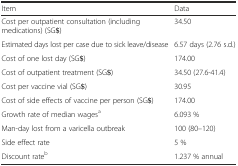
<table><thead><tr><td><b>Item</b></td><td><b>Data</b></td></tr></thead><tbody><tr><td>Cost per outpatient consultation (including medications) (SG$)</td><td>34.50</td></tr><tr><td>Estimated days lost per case due to sick leave/disease</td><td>6.57 days (2.76 s.d.)</td></tr><tr><td>Cost of one lost day (SG$)</td><td>174.00</td></tr><tr><td>Cost of outpatient treatment (SG$)</td><td>34.50 (27.6-41.4)</td></tr><tr><td>Cost per vaccine vial (SG$)</td><td>30.95</td></tr><tr><td>Cost of side effects of vaccine per person (SG$)</td><td>174.00</td></tr><tr><td>Growth rate of median wages<sup>a</sup></td><td>6.093 %</td></tr><tr><td>Man-day lost from a varicella outbreak</td><td>100 (80–120)</td></tr><tr><td>Side effect rate</td><td>5 %</td></tr><tr><td>Discount rate<sup>b</sup></td><td>1.237 % annual</td></tr></tbody></table>